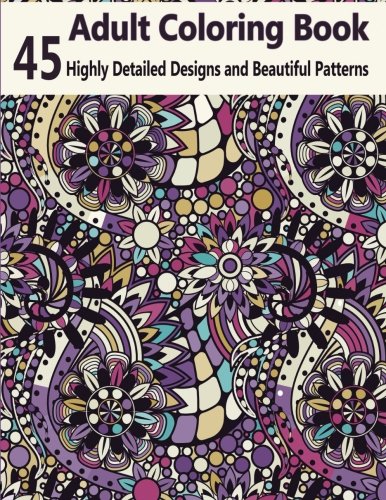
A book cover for Adult Coloring Books: A coloring Books for Adults Featuring Over 45 Highly Detailed Designs & Beautiful Patterns; Arts & Photography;